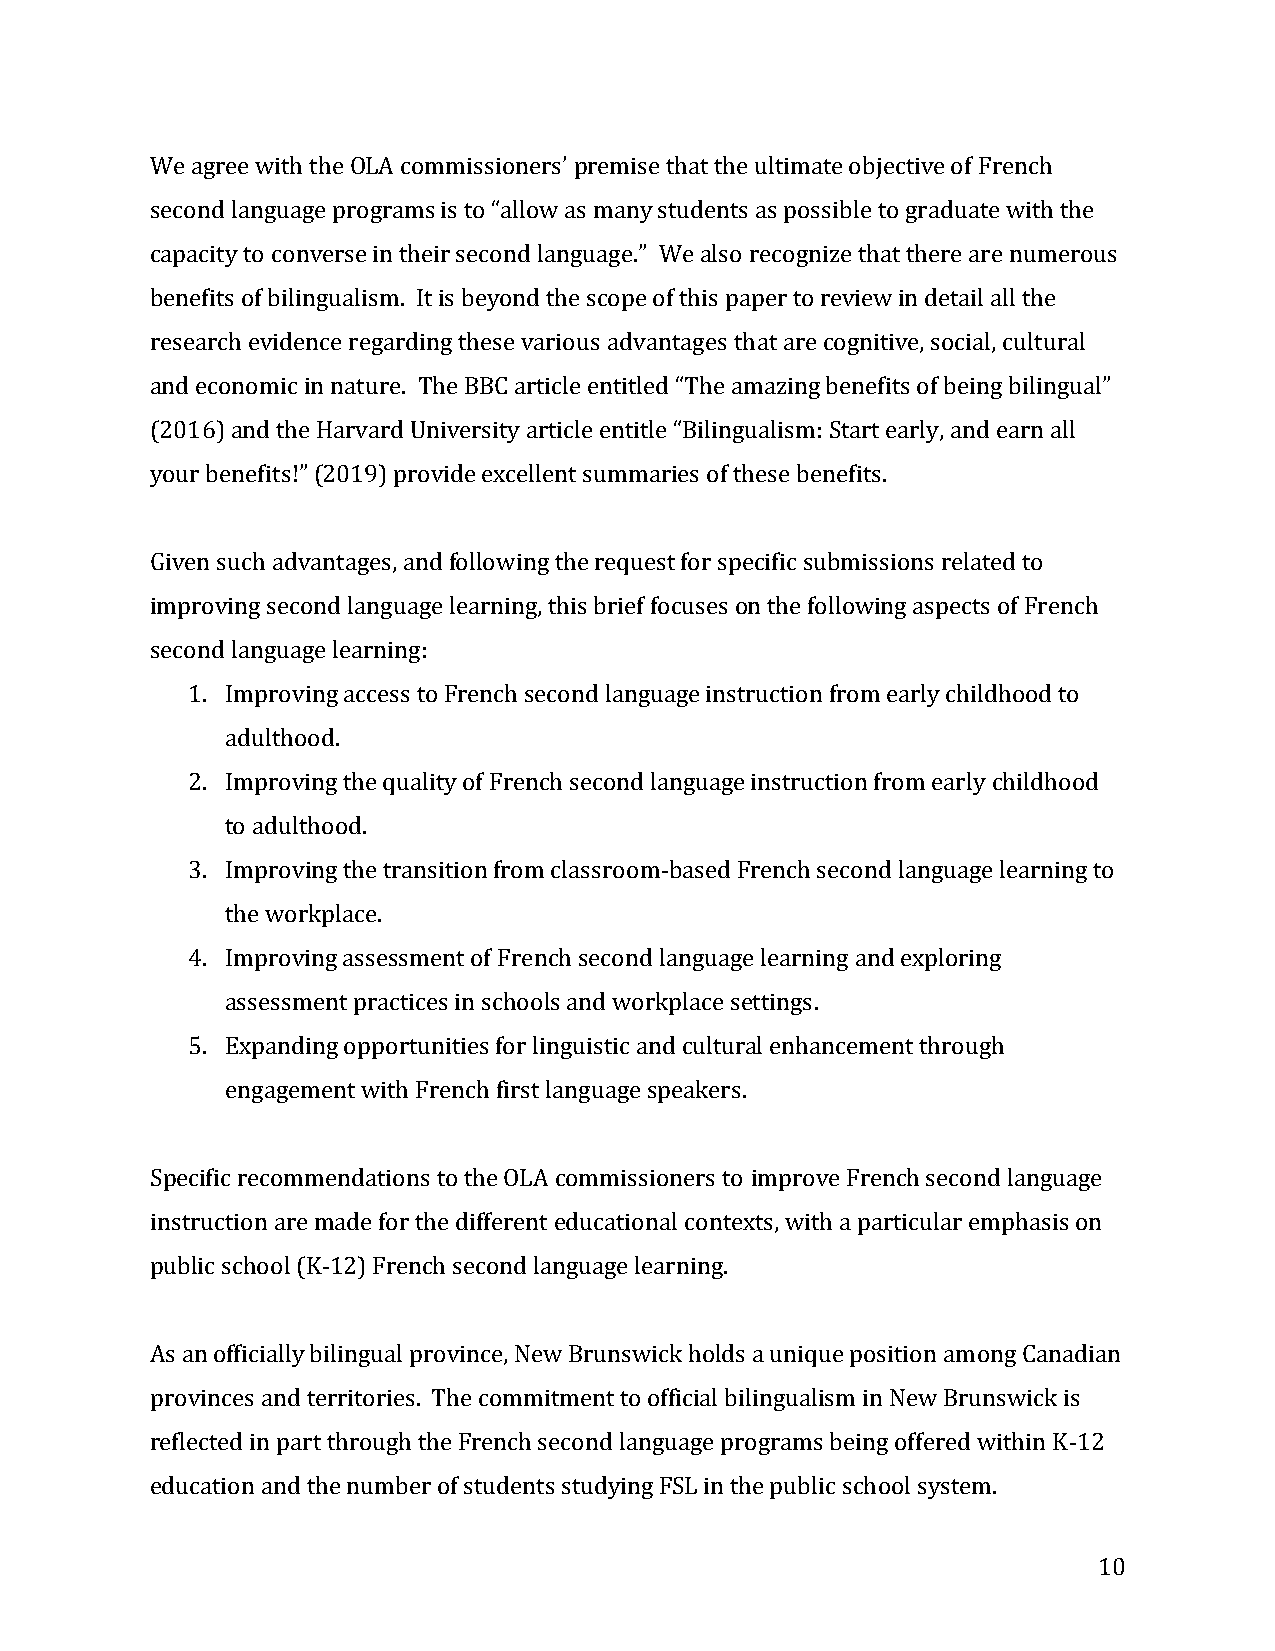
We agree with the OLA commissioners’ premise that the ultimate objective of French
 second language programs is to “allow as many students as possible to graduate with the
 capacity to converse in their second language.” We also recognize that there are numerous
 benefits of bilingualism. It is beyond the scope of this paper to review in detail all the
 research evidence regarding these various advantages that are cognitive, social, cultural
 and economic in nature. The BBC article entitled “The amazing benefits of being bilingual”
 (2016) and the Harvard University article entitle “Bilingualism: Start early, and earn all
 your benefits!” (2019) provide excellent summaries of these benefits.
 Given such advantages, and following the request for specific submissions related to
 improving second language learning, this brief focuses on the following aspects of French
 second language learning:
 1. Improving access to French second language instruction from early childhood to
 adulthood.
 2. Improving the quality of French second language instruction from early childhood
 to adulthood.
 3. Improving the transition from classroom-based French second language learning to
 the workplace.
 4. Improving assessment of French second language learning and exploring
 assessment practices in schools and workplace settings.
 5. Expanding opportunities for linguistic and cultural enhancement through
 engagement with French first language speakers.
 Specific recommendations to the OLA commissioners to improve French second language
 instruction are made for the different educational contexts, with a particular emphasis on
 public school (K-12) French second language learning.
 As an officially bilingual province, New Brunswick holds a unique position among Canadian
 provinces and territories. The commitment to official bilingualism in New Brunswick is
 reflected in part through the French second language programs being offered within K-12
 education and the number of students studying FSL in the public school system.
 10